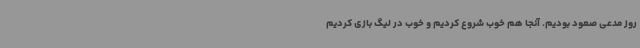
روز مدعی صعود بودیم. آنجا هم خوب شروع کردیم و خوب در لیگ بازی کردیم